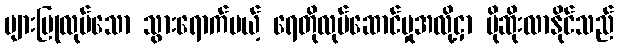
များပြုလုပ်သော သွားရောက်မယ့် ရေတိုလုပ်ဆောင်မှုအလို့ငှာ ပိုဆိုးလာနိုင်သည်